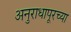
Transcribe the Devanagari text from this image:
अनुराधापूरच्या